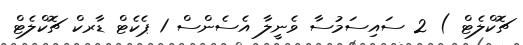
ޗޮކްލެޓް ) 2 ސައިސަމުސާ ވެނީލާ އެސެންސް 1 ޕެކެޓް ޑާރކް ޗޮކްލެޓް